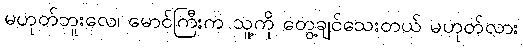
မဟုတ်ဘူးလေ၊ မောင်ကြီးက သူ့ကို တွေ့ချင်သေးတယ် မဟုတ်လား